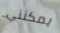
يمكنني